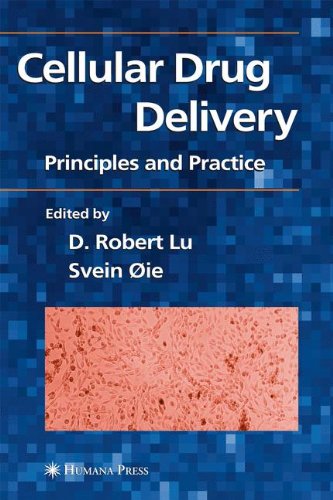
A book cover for Cellular Drug Delivery: Principles and Practice; Medical Books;